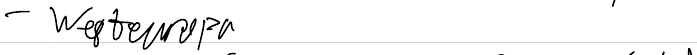
- Westeuropa